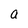
Character: a